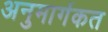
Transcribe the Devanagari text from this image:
अनुमार्गकत